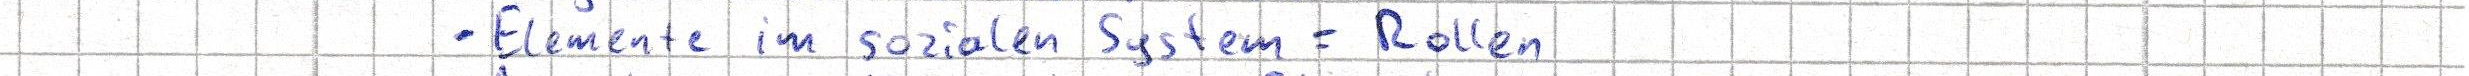
- Elemente im sozialen System = Rollen